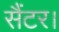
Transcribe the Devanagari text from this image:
सैंटर।